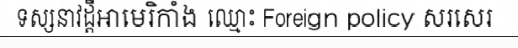
ទស្សនាវដ្តីអាមេរិកាំង ឈ្មោះ Foreign policy សរសេរ